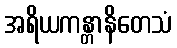
အရိယကန္တာနိတေသံ